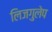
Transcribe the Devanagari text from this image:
लिजगुलेप